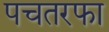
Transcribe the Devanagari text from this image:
पचतरफा